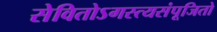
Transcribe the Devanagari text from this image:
सेवितोऽगस्त्यसंपूजितो